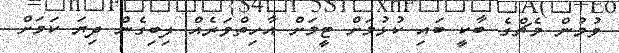
ވުމުން މެޗްގެ ބާކީ ބައި ކުޅުމަށް ޓީމަށް އާހިތްވަރެއް ލިބިގެން ދިޔަ ކަމަށް